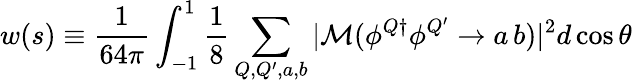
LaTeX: w(s)\equiv{\frac{1}{64\pi}}\int_{-1}^{1}{\frac{1}{8}}\sum_{Q,Q^{\prime},a,b}|{{\cal M}(\phi^{Q\dagger}\phi^{Q^{\prime}}\rightarrow a\, b)}|^{2}d\cos\theta